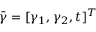
\bar { \boldsymbol { \gamma } } = [ \gamma _ { 1 } , \gamma _ { 2 } , t ] ^ { T }